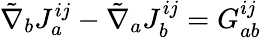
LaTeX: {\tilde{\nabla}}_{b}J_{a}^{ij}-{\tilde{\nabla}}_{a}J_{b}^{ij}=G_{ab}^{ij}